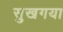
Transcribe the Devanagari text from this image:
सुखगया